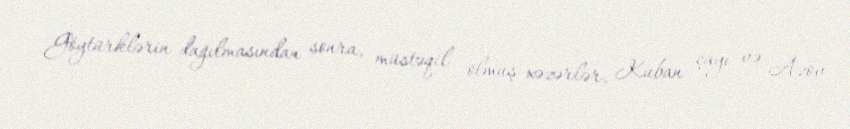
Göytürklərin dağılmasından sonra, müstəqil olmuş xəzərlər, Kuban çayı və Azov